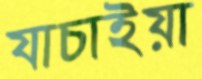
যাচাইয়া